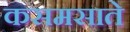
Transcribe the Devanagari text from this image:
कसमसाते